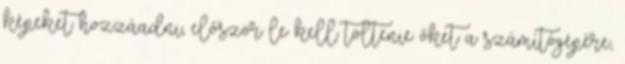
képeket hozzáadni, először le kell töltenie őket a számítógépére,